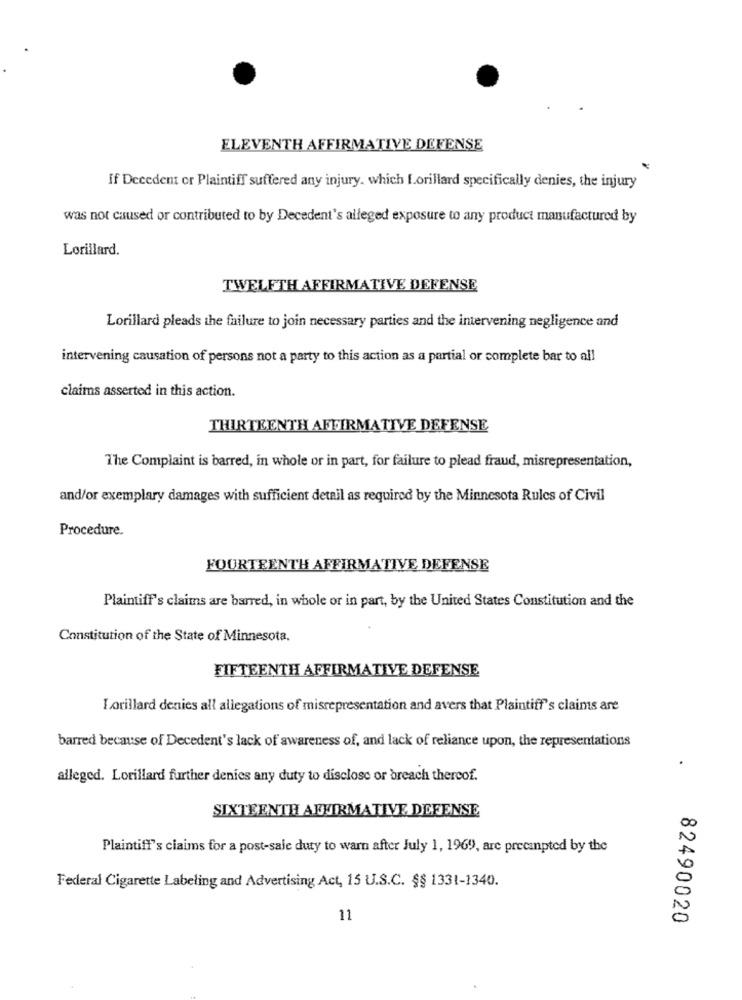
ELEVENTH AFFIRMATIVE DEFENSE
If Decedent or Plaintiff suffered any injury. which Lorillard specifically denies, the injury
was not caused or contributed to by Decedent's alleged exposure to any product manufactured by
Lorillard.
TWELFTH AFFIRMATIVE DEFENSE
Lorillard pleads the failure to join necessary parties and the intervening negligence and
intervening causation of persons not a party to this action as a partial or complete bar to all
claims asserted in this action.
THIRTEENTH AFFIRMATIVE DEFENSE
The Complaint is barred, in whole or in part, for failure to plead fraud, misrepresentation,
and/or exemplary damages with sufficient detail as required by the Minnesota Rules of Civil
Procedure.
FOURTEENTH AFFIRMATIVE DEFENSE
Plaintiff's claims are barred, in whole or in part, by the United States Constitution and the
Constitution of the State of Minnesota.
FIFTEENTH AFFIRMATIVE DEFENSE
Lorillard denies all allegations of misrepresentation and avers that Plaintiff's claims are
barred because of Decedent's lack of awareness of, and lack of reliance upon, the representations
alleged. Lorillard further denies any duty to disclose or breach thereof.
SIXTEENTH AFFIRMATIVE DEFENSE
00
Plaintiff's claims for a post-sale duty to warn after July 1, 1969, are precinpted by the
0
Federal Cigarette Labeling and Advertising Act, 15 U.S.C. §§ 1331-1340.
11
82490020